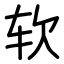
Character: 软